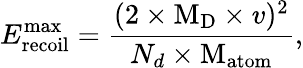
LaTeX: E_{\mathrm{recoil}}^{\mathrm{max}}=\frac{(2\times\mathrm{M_{D}}\times v)^{2}}{N_{d}\times\mathrm{M_{atom}}},